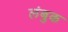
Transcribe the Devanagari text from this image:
लंबुक